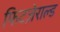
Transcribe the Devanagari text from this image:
फिटज़ेराल्ड